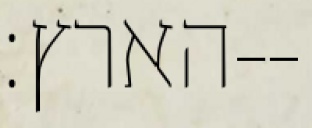
הארץ׃--